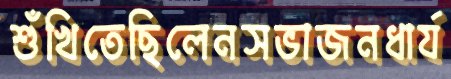
শুঁখিতেছিলেনসভাজনধার্য